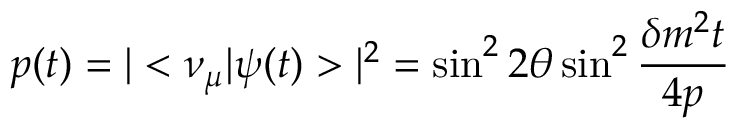
p ( t ) = | < \nu _ { \mu } | \psi ( t ) > | ^ { 2 } = \sin ^ { 2 } 2 \theta \sin ^ { 2 } { \frac { \delta m ^ { 2 } t } { 4 p } }